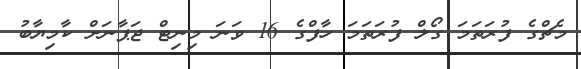
މެޗްގެ ފުރަތަމަ ގޯލް ފުރަތަމަ ހާފްގެ 16 ވަނަ މިނިޓް ޖަޕާނަށް ކާމިޔާބު